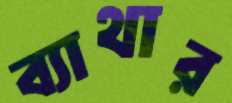
ব্যাথার